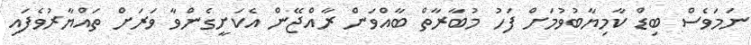
ނަމަވެސް ބިޑް ކާމިޔާބުވުމަށް ފަހު މުބާރާތް ބާއްވަން ރާއްޖޭން އެކަށީގެންވާ ވަރަށް ތައްޔާރުވެފައި